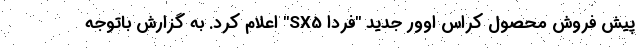
پیش فروش محصول کراس اوور جدید "فردا SX5" اعلام کرد. به گزارش باتوجه